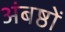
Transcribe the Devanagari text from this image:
अंबष्ठों